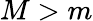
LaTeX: M>m